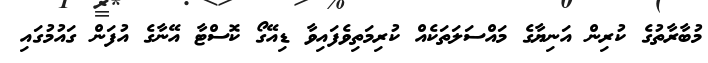
މުބާރާތުގެ ކުރިން އަނިޔާގެ މައްސަލަތަކެއް ކުރިމަތިވެފައިވާ ޑިއޭގޯ ކޮސްޓާ އޭނާގެ އުފަން ގައުމުގައި